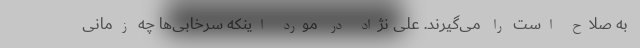
به صلاح است را می‌گیرند. علی نژاد در مورد اینکه سرخابی‌ها چه زمانی